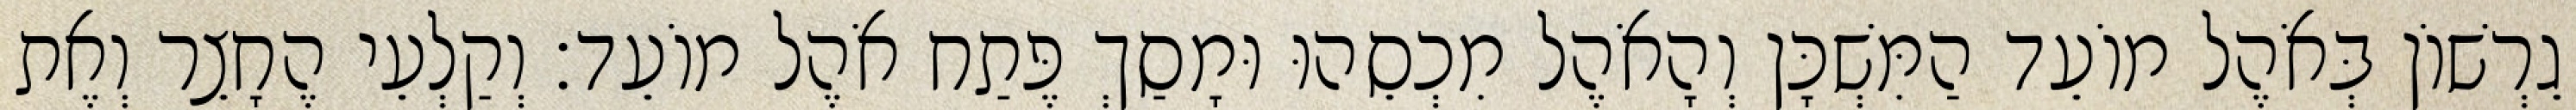
גֵרְשׁוֹן בְּאֹהֶל מוֹעֵד הַמִּשְׁכָּן וְהָאֹהֶל מִכְסֵהוּ וּמָסַךְ פֶּתַח אֹהֶל מוֹעֵד׃ וְקַלְעֵי הֶחָצֵר וְאֶת